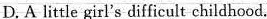
D. A little girl's difficult childhood.